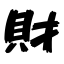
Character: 財